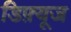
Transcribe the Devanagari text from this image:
डिफ़्यूज